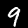
Label: 9